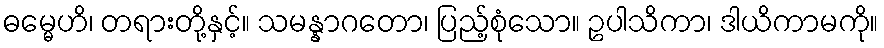
ဓမ္မေဟိ၊ တရားတို့နှင့်။ သမန္နာဂတော၊ ပြည့်စုံသော။ ဥပါသိကာ၊ ဒါယိကာမကို။